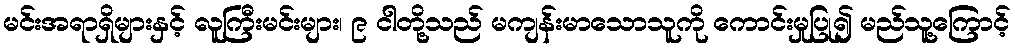
မင်းအရာရှိများနှင့် လူကြီးမင်းများ၊ ၉ ငါတို့သည် မကျန်းမာသောသူကို ကောင်းမှုပြု၍ မည်သူ့ကြောင့်